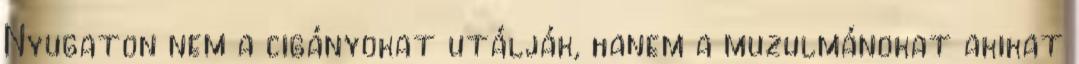
Nyugaton nem a cigányokat utálják, hanem a muzulmánokat akikat